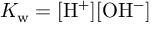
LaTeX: K _ { \mathrm { w } } = \mathrm { [ H ^ { + } ] [ O H ^ { - } ] }